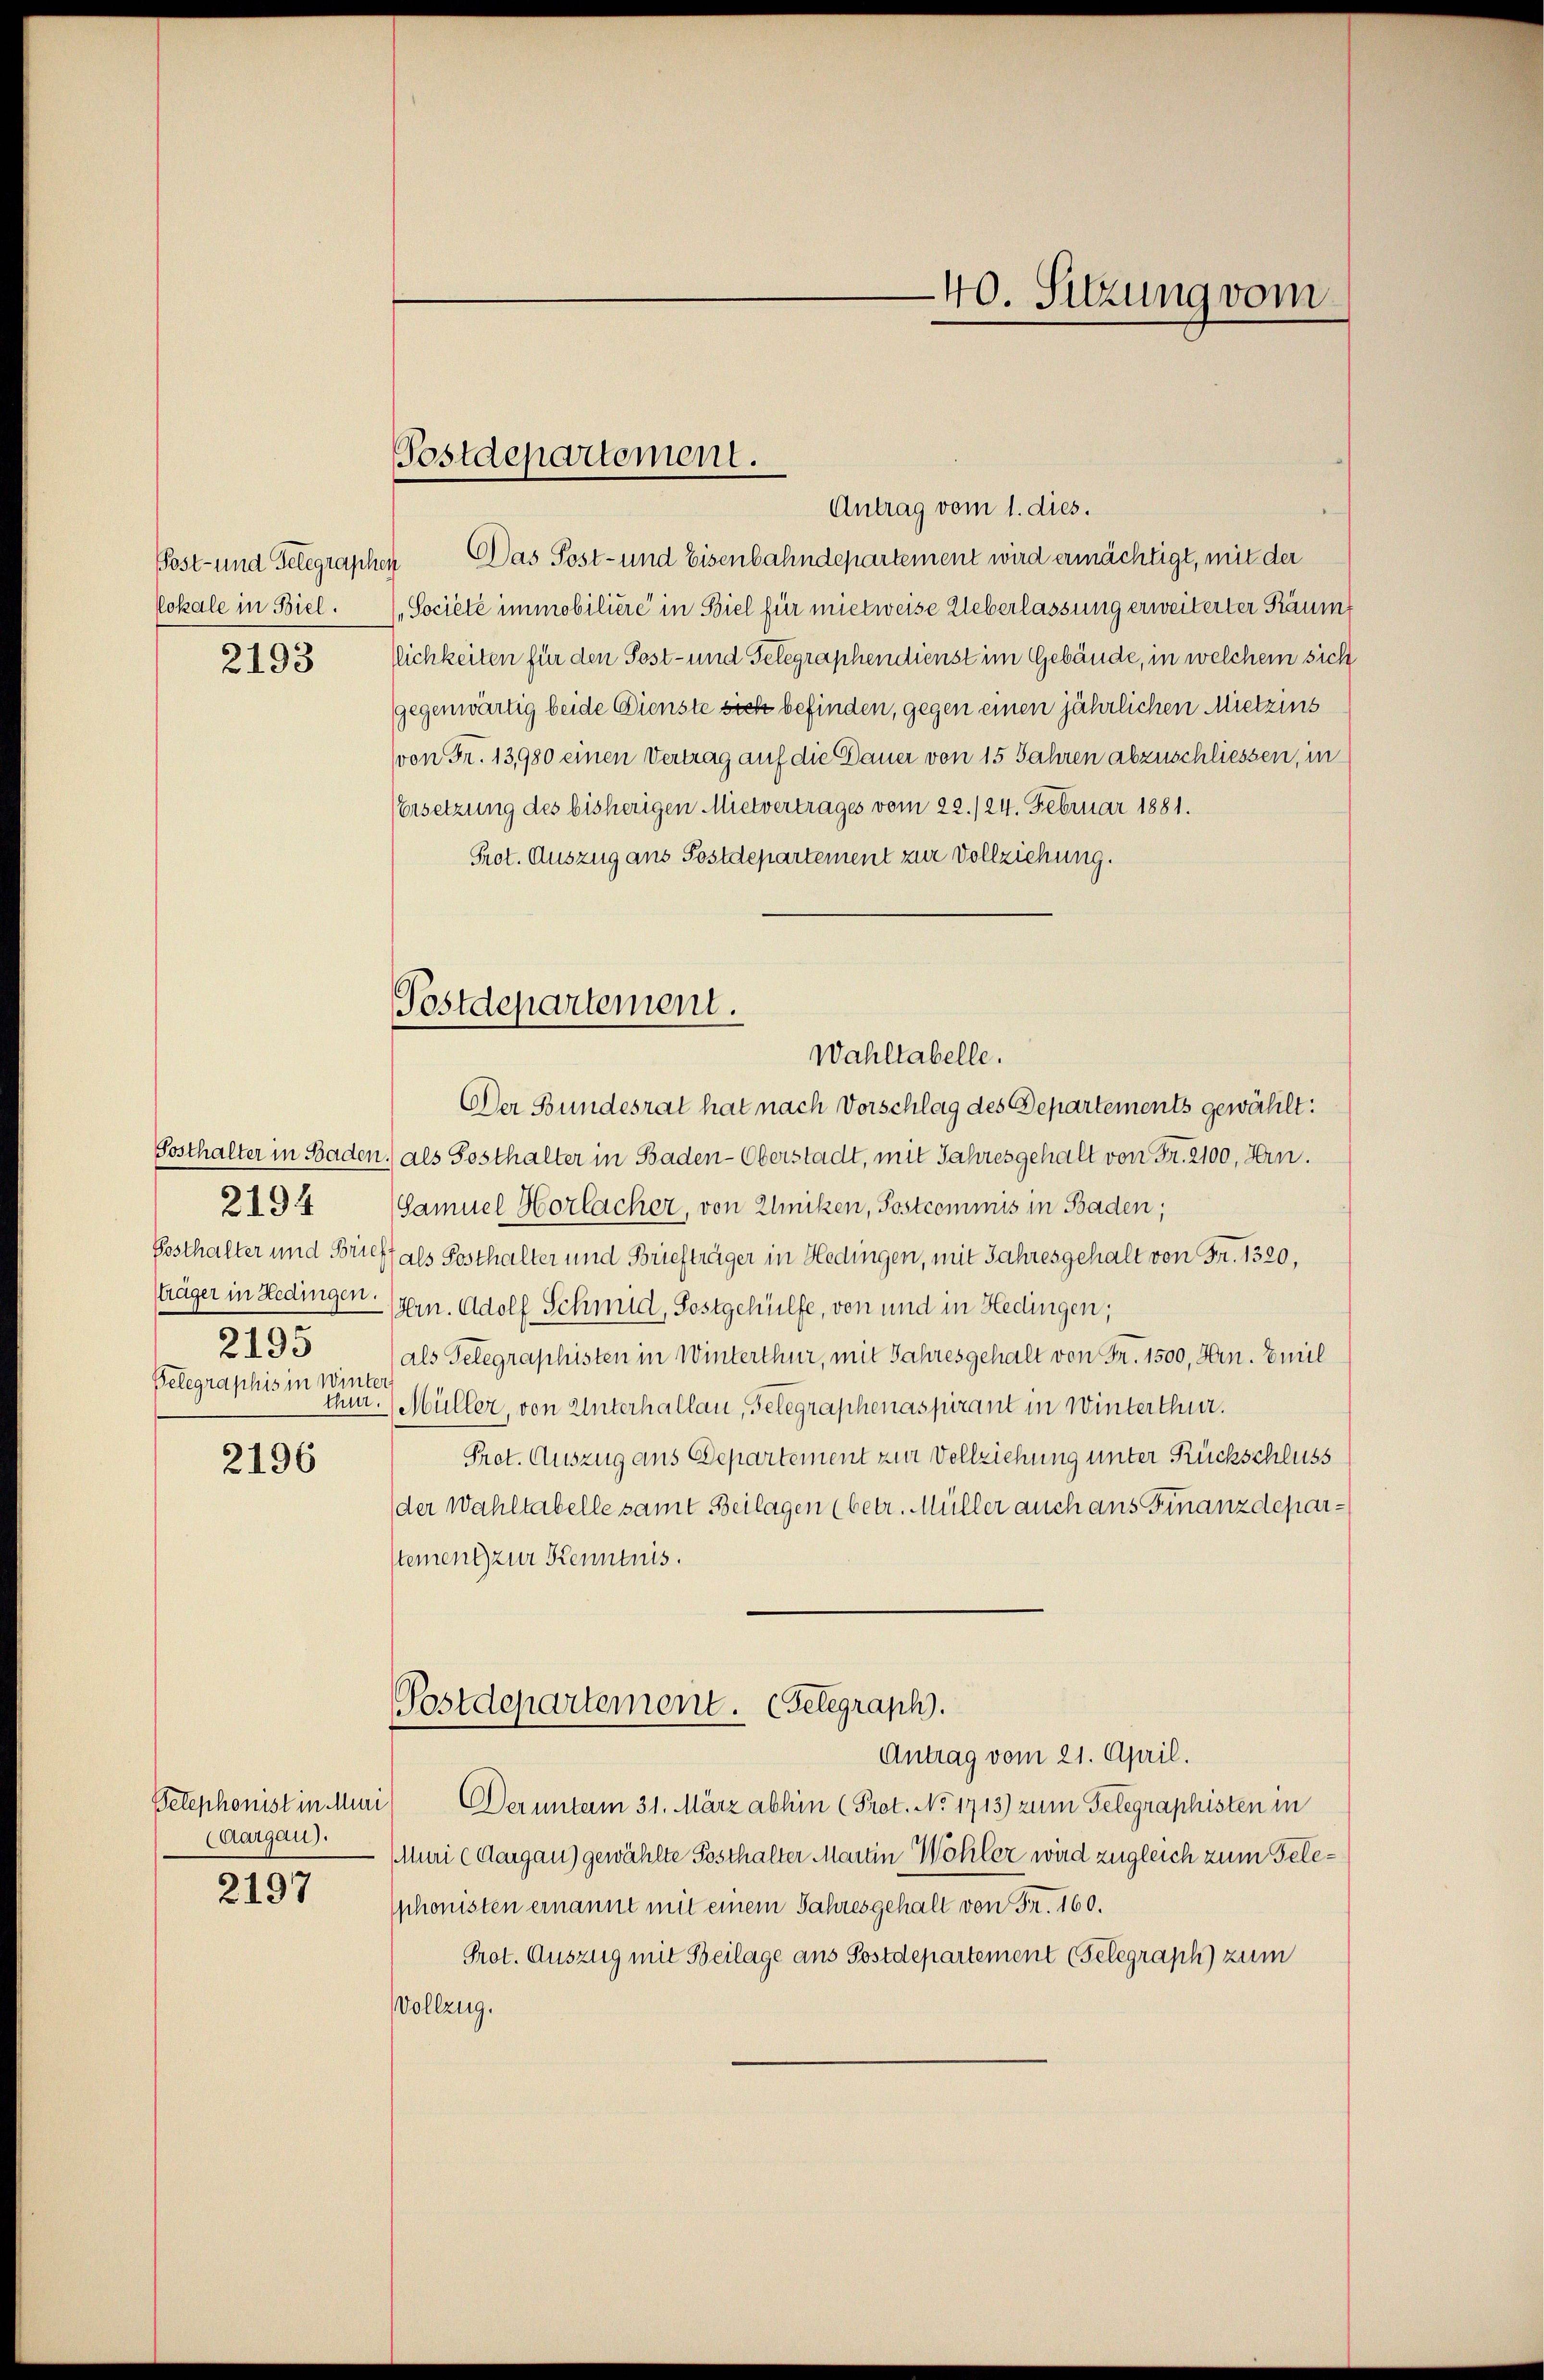
lokale in Biel.

2193

Posthalter und Forn
2195
Gelegraphis in Winter
thur

2194

2196

Telephonist in Muri
(Aargau).
2197

Postdepartement.

Antrag vom 1. dies.
Post- und Gelegraphen Das Post- und Eisenbahndepartement wird ermächtigt, mit der
Societe immobiliere in Biel für mietweise Ueberlassung erweiterter Räumt
lichkeiten für den Post- und Telegraphendienst im Gebäude, in welchem sich
gegenwärtig beide Dienste sicht befinden, gegen einen jährlichen Mietzins
von Fr. 13,980 einen Vertrag auf die Dauer von 15 Jahren abzuschliessen, in¬
Ersetzung des bisherigen Mietvertrages vom 22./24. Februar 1881.
Prot. Auszug aus Postdepartement zur Vollziehung.
Der Bundesrat hat nach Vorschlag des Departements gewählt:
Posthalter in Baden.) als Posthalter in Baden-Oberstadt, mit Jahresgehalt von Fr. 2100, Hrn.
Samuel Horlacher, von Kliniken, Postcommis in Baden,
Pfals Posthalter und Briefträger in Hedingen, mit Jahresgehalt von Fr. 1320,
sträger in Hedingen. (sern. Adolf Schmid, Postgehülfe, von und in Hedingen;
(als Telegraphisten in Winterthur, mit Jahresgehalt von Fr. 1500, Hrn. Emil
(Müller, von Unterhallau, Gelegraphenaspirant in Winterthur.
Prot. Auszug aus Departement zur Vollziehung unter Rückschluss
der Wahltabelle samt Beilagen (betr. Müller auch aus Finanzdeparstement zur Kenntnis.
Postdepartement. Gelegraph.
Antrag vom 21. April.
Der unterm 31. März abhin (Prot. No 1713) zum Telegraphisten in
Muri (Aargau) gewählte Posthalter Martin Wöhler wird zugleich zum Telephonisten ernannt mit einem Jahresgehalt von Fr. 160.
Prot. Auszug mit Beilage aus Postdepartement (Telegraph) zum
Vollzug.

Postdepartement.
Wahltabelle.

40. Sitzung vom